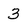
Character: 3